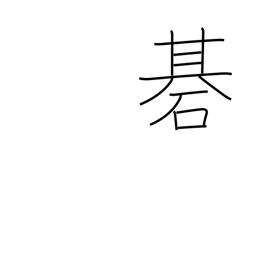
Meaning: Go